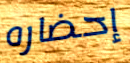
إحضاره